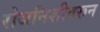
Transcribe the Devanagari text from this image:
रोजनिशीवरून